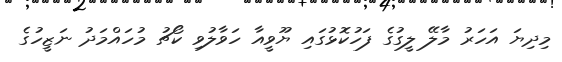
މިދިޔަ އަހަރު މާލޭ ލީގުގެ ފަހުކޮޅުގައި ޔޫވީއާ ހަވާލުވި ކޯޗު މުހައްމަދު ނަޒީހުގެ